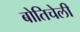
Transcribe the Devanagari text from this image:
बोतिचेली